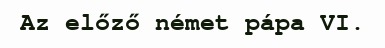
Az előző német pápa VI.